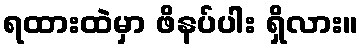
ရထားထဲမှာ ဖိနပ်ပါး ရှိလား။